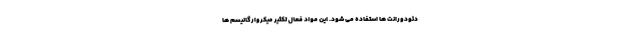
دئودورانت ها استفاده می شود. این مواد فعال تکثیر میکروارگانیسم ها